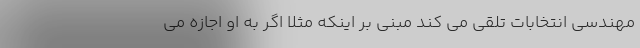
مهندسی انتخابات تلقی می کند مبنی بر اینکه مثلا اگر به او اجازه می